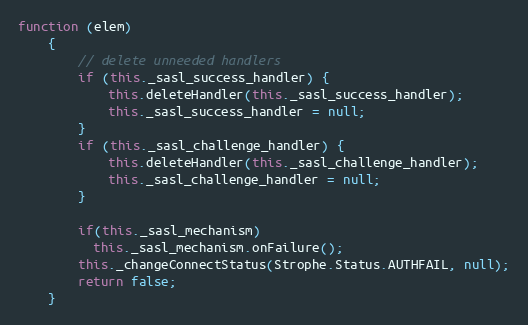
Language: JavaScript
function (elem)
    {
        // delete unneeded handlers
        if (this._sasl_success_handler) {
            this.deleteHandler(this._sasl_success_handler);
            this._sasl_success_handler = null;
        }
        if (this._sasl_challenge_handler) {
            this.deleteHandler(this._sasl_challenge_handler);
            this._sasl_challenge_handler = null;
        }

        if(this._sasl_mechanism)
          this._sasl_mechanism.onFailure();
        this._changeConnectStatus(Strophe.Status.AUTHFAIL, null);
        return false;
    }